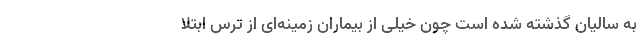
به سالیان گذشته شده است چون خیلی از بیماران زمینه‌ای از ترس ابتلا